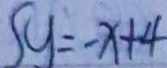
S y = - x + 4